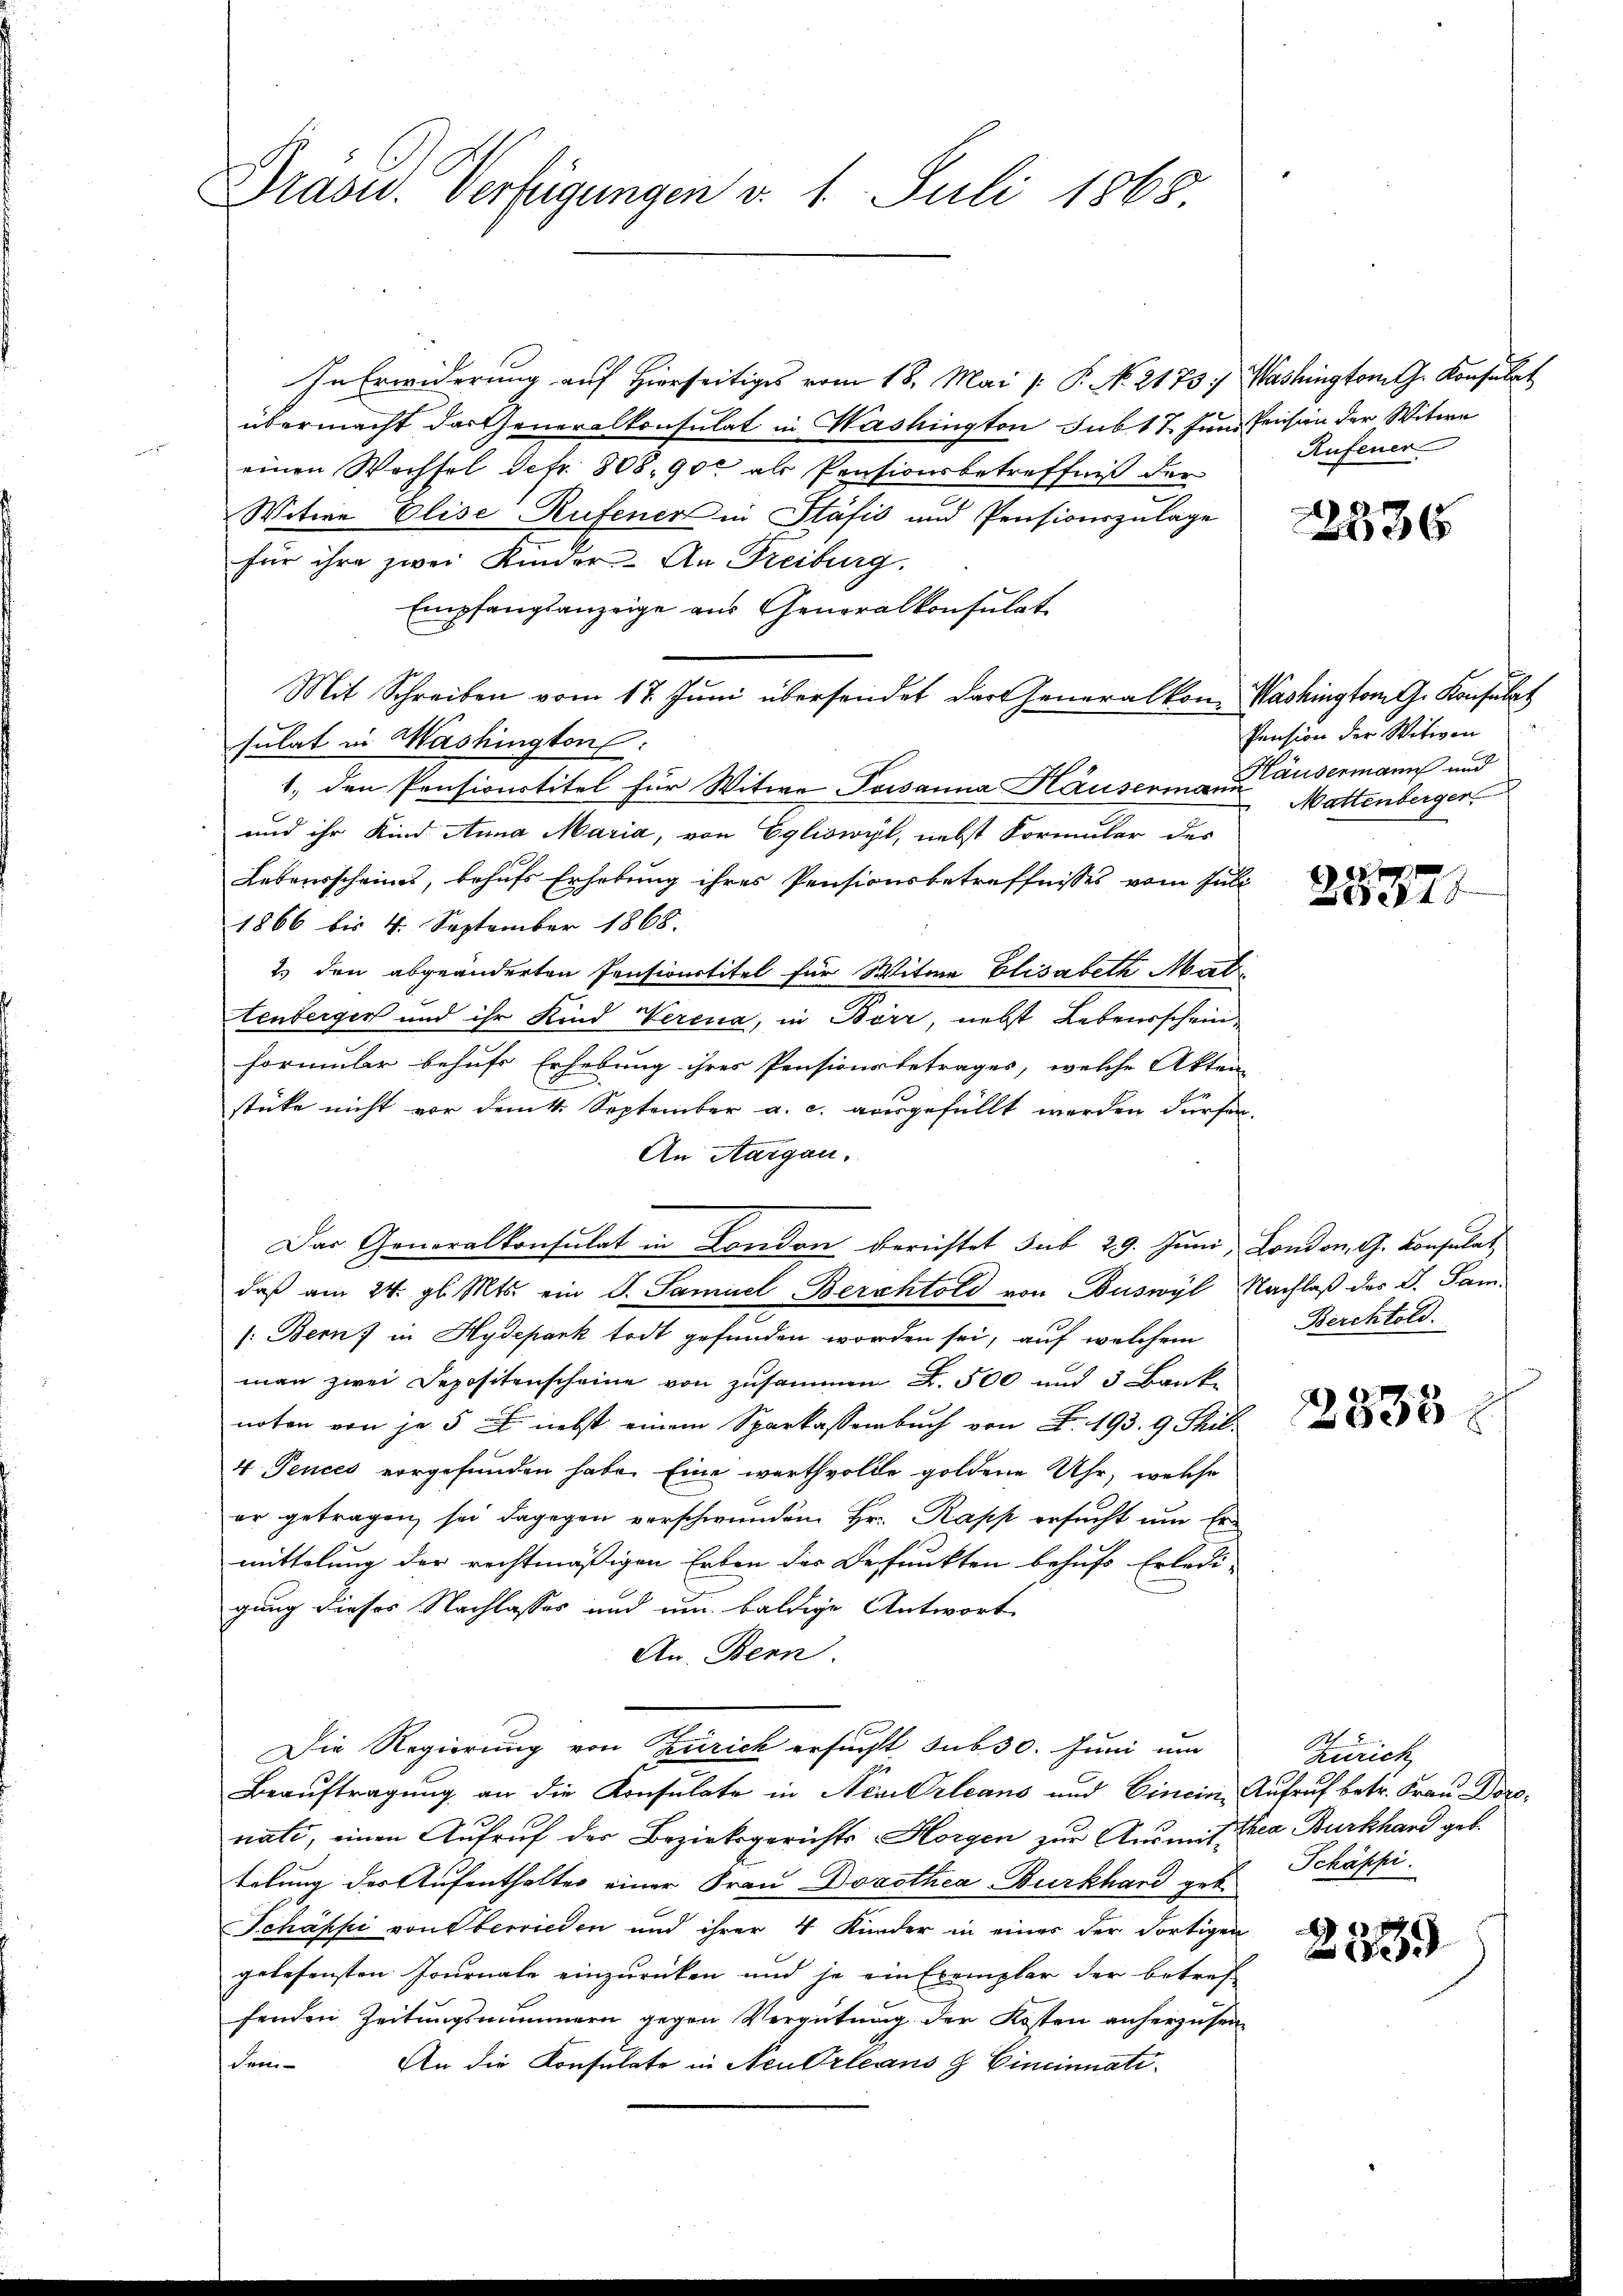
Drasw. Verfügungen v. 1. Juli 1868

In Erwiderung auf Hierseitiges vom 18. Mai /: P. No 2173: Washingtont. Konsulat
übermacht das Generalkonsulat in Washington sub 17. Juni Peisin der Witwe
einen Wechsel Sefr. 808. 900 als Pensionsbetreffniß der
Witwe Elise Rufener in Stäfić und Pensionszulage
für ihre zwei Kinder- An Freiburg.
Empfangsanzeige aus Generalkonsulat
Mit Schreiben vom 17. Jŭni übersendet der Generalkon Washington G. Konsulat
sulat in Washington:
1., den Pensionstitel für Witwe Possanna Häuserina die Ausermann und
und ihr Kind Anna Maria, von Egliswyl, nebst Formular des
Lebensscheines, behufs Erhebung ihres Pensionsbetreffnisses vom Juli
1866 bis 4. September 1868.
2. den abgeänderten Pensionstitel für Witwe Elisabeth Mat
tenberger und ihr Kind Verena, in Birr, nebst Lebensschein¬
Formular behufs Erhebung ihres Pensionsbetrages, welche Akten
stüke nicht vor dem 4. September a. c. ausgefüllt werden dürfen.
An Aargau.
Das Generalkonsulat in London berichtet sub 29. Juni, London, G. Konsulat
daß am 24. gl. Mts. ein G. Samuel Berchtold von Buswyl Nachlaß des G. Sam¬
/: Bern) in Hydepank todt gefunden worden sei, auf welchem
man zwei Depositenscheine von zusammen Z. 500 und 3 Banke
noten von je 5 f nebst einem Sparkassenbuch von F. 193. 9 Thil
4 Tences vorgefunden habe. Eine werthvolle goldene Uhr, welche
er getragen, sei dagegen vorschwunden Hr. Rapp ersucht um Er-
mittelung der rechtmäßigen Erben der Befunkten behufs Erledi-
gung dieser Nachlasses und und baldige Antwort
An. Bern.
Die Regierung von Zürich ersucht sub 30. Juni um
Beauftragung an die Konsulate in Nevikarleans und Einein Aufruf betr. Frau Doronati, einen Aufruf der Bezirksgerichts- Horgen zur Ausmit ea Burkhard geb.
telung des Aufenthalter einer Frau Dorothea Burkhard geb.
Schäppi von Oberrieden und ihrer 4 Kinder in einer der dortigen
gelesensten Journale einzurücken und je ein Exemplar der betref-
fenden Zeitungsnimmern gegen Vergütung der Kosten anherzusen
Feen¬
An die Konsulato in Neu Orleans & Cincinnati¬

Rufener

22336

Pension der Witwen
Mattenberger

2827.

Berchtold.

2335

2
Zürich
Schäppi

239